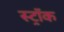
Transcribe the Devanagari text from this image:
स्ट्रॉक